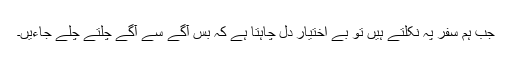
جب ہم سفر پہ نکلتے ہیں تو بے اختیار دل چاہتا ہے کہ بس آگے سے آگے چلتے چلے جاءیں۔